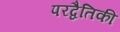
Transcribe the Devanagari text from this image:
परद्वैतिकी